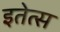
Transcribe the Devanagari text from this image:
इतेत्स